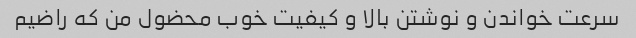
سرعت خواندن و نوشتن بالا و کیفیت خوب محضول من که راضیم